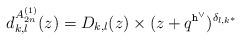
LaTeX: \begin{align*}d^{A^{(1)}_{2n}}_{k,l}(z) & =D_{k,l}(z) \times(z+q^{\mathtt{h}^\vee})^{\delta_{l,k^*}}\end{align*}